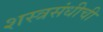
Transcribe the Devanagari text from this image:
शस्त्रसंधीची